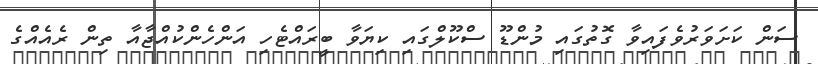
ސަން ކަށަވަރުވެފައިވާ ގޮތުގައި މުންޑޫ ސްކޫލްގައި ކިޔަވާ ބީރައްޓެހި އަންހެންކުއްޖާއާ ތިން ރެއެއްގެ